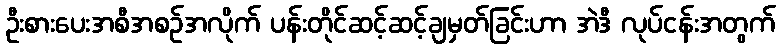
ဦးစားပေးအစီအစဉ်အလိုက် ပန်းတိုင်ဆင့်ဆင့်ချမှတ်ခြင်းဟာ အဲဒီ လုပ်ငန်းအတွက်